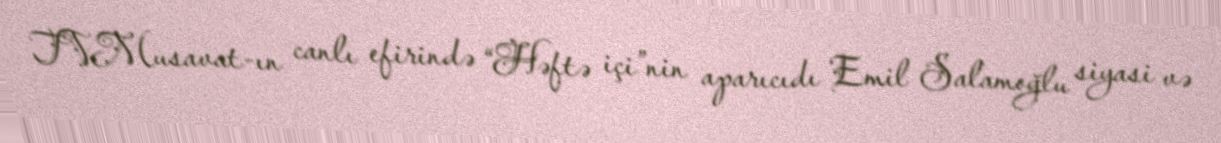
TVMusavat-ın canlı efirində “Həftə içi”nin aparıcıdı Emil Salamoğlu siyasi və